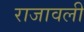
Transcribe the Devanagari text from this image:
राजावली